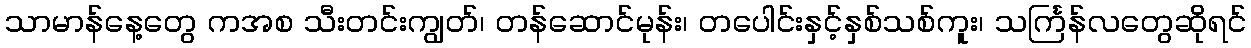
သာမာန်နေ့တွေ ကအစ သီးတင်းကျွတ်၊ တန်ဆောင်မုန်း၊ တပေါင်းနှင့်နှစ်သစ်ကူး၊ သင်္ကြန်လတွေဆိုရင်